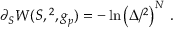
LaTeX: \partial _ { S } W ( S , \L ^ { 2 } , g _ { p } ) = - \ln \left( \Delta / \L ^ { 2 } \right) ^ { N } \, .